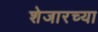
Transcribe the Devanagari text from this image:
शेजारच्‍या